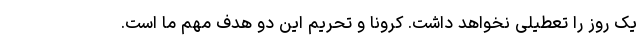
یک روز را تعطیلی نخواهد داشت. کرونا و تحریم این دو هدف مهم ما است.